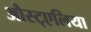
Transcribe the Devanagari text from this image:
औस्ट्एलिया